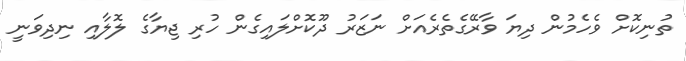
ތުނިކޮށް ވެހެމުން ދިޔަ ވާރޭގެތެރެއަށް ނަޒަރު ދޫކޮށްލައިގެން ހުރި ޖިޔާގެ ލޮލާއި ނިދިވަނީ